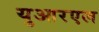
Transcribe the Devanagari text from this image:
युआरएल